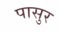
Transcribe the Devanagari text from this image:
पासुर